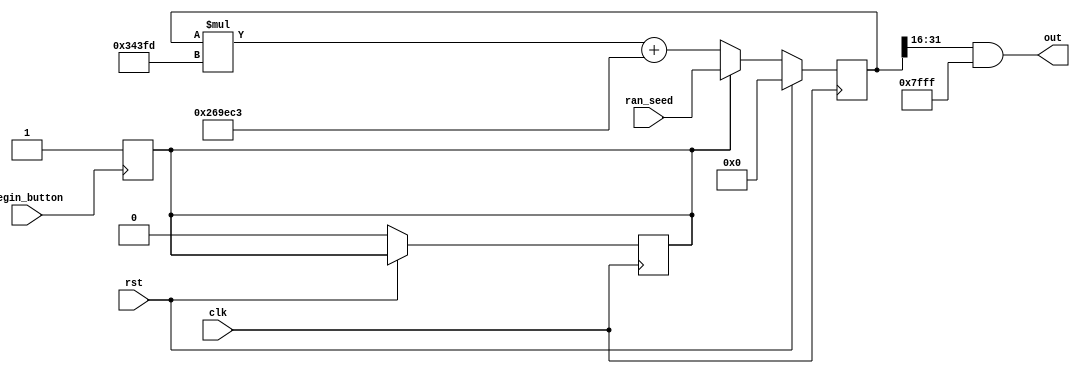
//16
module rand_output(
    input clk,                      //
    input [31:0] ran_seed,          //
    input rst,                      //1
    input begin_button,             //
    output wire [15:0] out          //
);

reg flag = 0;

always @(posedge begin_button) begin
    flag <= 1'b1;
end

reg [31:0] ran;                     //

always @(posedge clk) begin
    if(rst == 1) begin
        ran <= 0;
    end else begin
            if(flag == 1) begin
                ran <= ran_seed;    //
                flag <= 1'b0;       //
            end
            else begin
                ran <= ran * 32'h343fd + 32'h269EC3; //
            end
        end
end

assign out = (ran >> 16) & 16'h7fff; //

endmodule